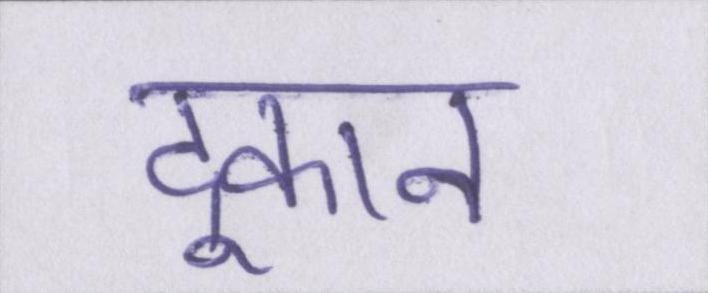
दूकान